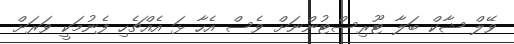
ވޭލް ޝާކް ބަލާ ޓޫރިސްޓުންނަށް ވެސް އެހާ ޅަ އެއްޗެހި ފެނުމަކީ ވަރަށް